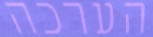
הערכה